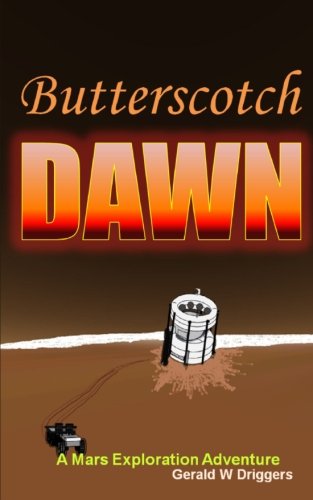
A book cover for Butterscotch Dawn; Gerald W. Driggers; Science Fiction & Fantasy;